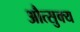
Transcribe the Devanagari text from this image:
औत्सुक्‍य